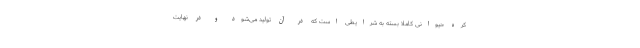
کره حیوانی کاملا بسته به شرایطی است که در آن تولید می‌شود و در نهایت